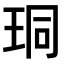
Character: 𪻛